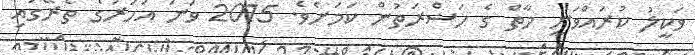
ވަކީލު ކުރައްވަނީ މާތް ގެ ހަޟްރަތުން ކަމަށެވެ. 2015 ވަނަ އަހަރުގެ ތެރޭގައި